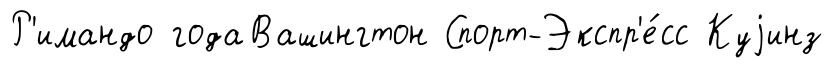
Р'имандо годаВашингтон Спорт-Экспр'е́сс Куjинз